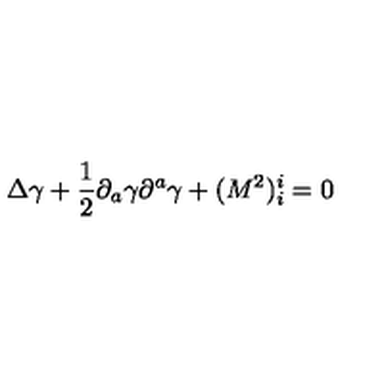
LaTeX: \Delta \gamma + { \frac { 1 } { 2 } } { \partial } _ { a } \gamma { \partial } ^ { a } \gamma + ( M ^ { 2 } ) _ { i } ^ { i } = 0